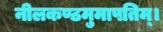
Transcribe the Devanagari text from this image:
नीलकण्ठमुमापतिम्।